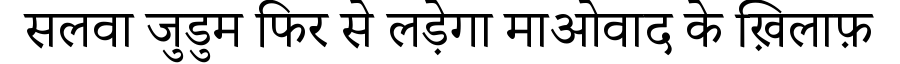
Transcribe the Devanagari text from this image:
सलवा जुडुम फिर से लड़ेगा माओवाद के ख़िलाफ़